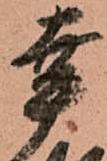
幸